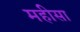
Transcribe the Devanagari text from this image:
महीसा